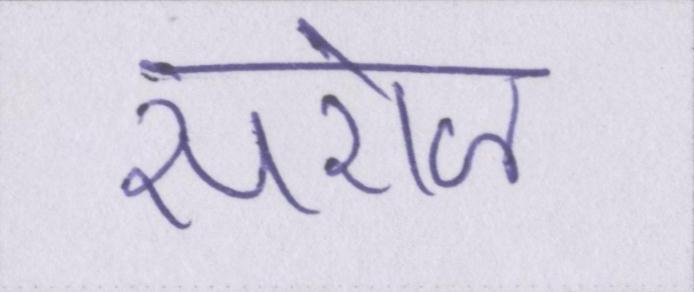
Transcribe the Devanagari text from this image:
सरोज